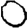
Digit: 0